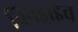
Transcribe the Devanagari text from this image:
विनड्राइव